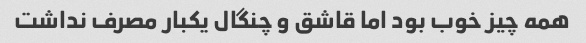
همه چیز خوب بود اما قاشق و چنگال یکبار مصرف نداشت